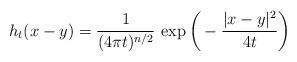
LaTeX: \begin{align*}h_t(x-y)=\frac{1}{(4\pi t)^{n/2}}\,\exp\bigg(-\frac{|x-y|^2}{4t}\bigg)\end{align*}